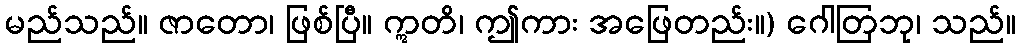
မည်သည်။ ဇာတော၊ ဖြစ်ပြီ။ ဣတိ၊ ဤကား အဖြေတည်း။) ဂေါတြဘု၊ သည်။